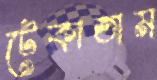
টেকাতাম